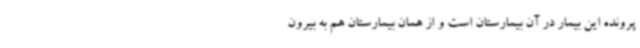
پرونده این بیمار در آن بیمارستان است و از همان بیمارستان هم به بیرون